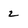
Character: 2